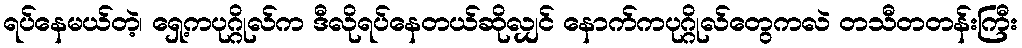
ရပ်နေမယ်တဲ့၊ ရှေ့ကပုဂ္ဂိုလ်က ဒီလိုရပ်နေတယ်ဆိုလျှင် နောက်ကပုဂ္ဂိုလ်တွေကလဲ တသီတတန်းကြီး